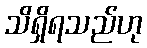
သိရှိရသည်ဟု